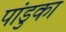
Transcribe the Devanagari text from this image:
पांडुका